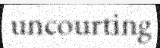
uncourting